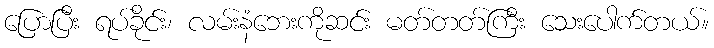
ပြောပြီး ရပ်ခိုင်း၊ လမ်းနံဘေးကိုဆင်း မတ်တတ်ကြီး သေးပေါက်တယ်။